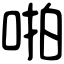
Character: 啪